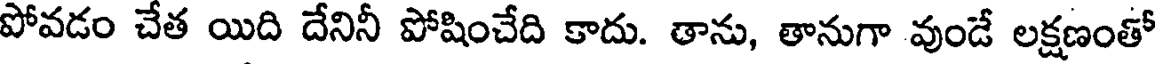
పోవడం చేత యిది దేనినీ పోషించేది కాదు. తాను, తానుగా వుండే లక్షణంతో